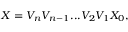
X = V _ { n } V _ { n - 1 } . . . V _ { 2 } V _ { 1 } X _ { 0 } ,